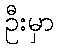
ဦးမှာ